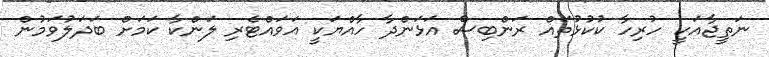
ނަތީޖާއަކީ ހުރިހާ ކުކުޅުތައް ރަންބިސް އަޅަންދާ ހާއްޔަކީ އަވައްޓެރި ލަންކާ ކަމަށް ބަދަލުވަމުން